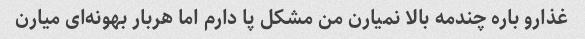
غذارو باره چندمه بالا نمیارن من مشکل پا دارم اما هربار بهونه‌ای میارن